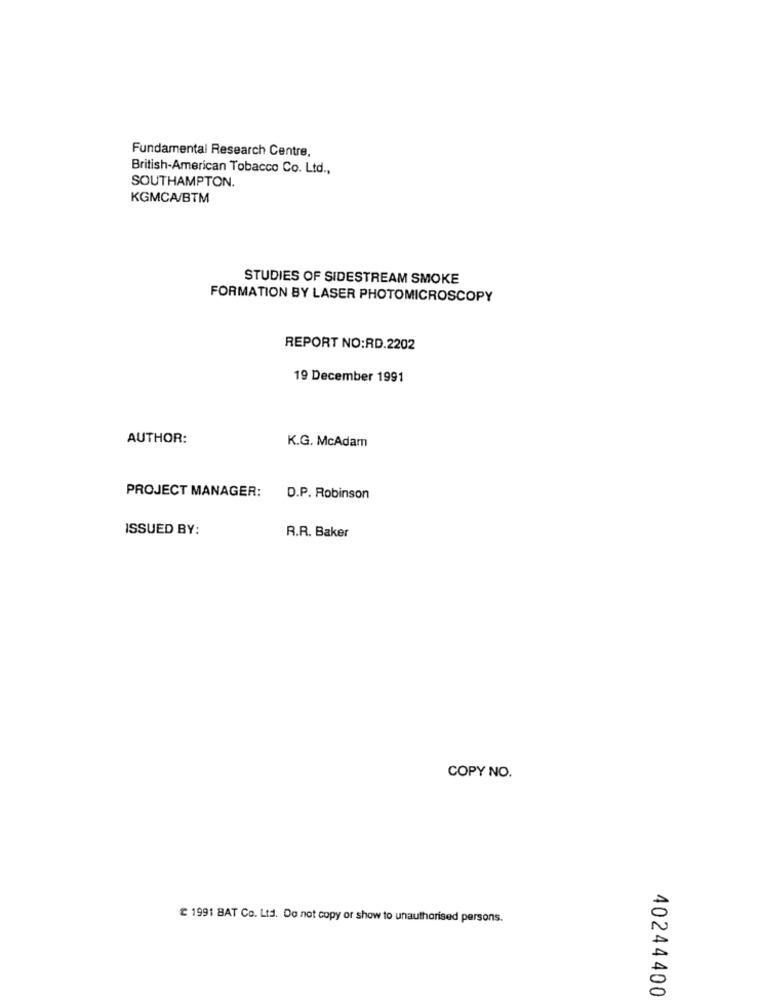
Fundamental Research Centre.
British-American Tobacco Co. Ltd .,
SOUTHAMPTON.
KGMCA/BTM
STUDIES OF SIDESTREAM SMOKE
FORMATION BY LASER PHOTOMICROSCOPY
REPORT NO:RD.2202
19 December 1991
AUTHOR:
K.G. McAdam
PROJECT MANAGER:
D.P. Robinson
ISSUED BY:
R.R. Baker
COPY NO.
£ 1991 BAT Co. Ltd. Do not copy or show to unauthorised persons.
40244400